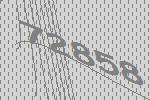
72858